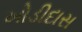
ખોડીદાસ